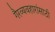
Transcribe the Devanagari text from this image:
गैरव्यवहारांसाठी